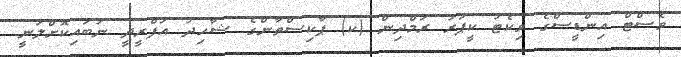
ވެސްޓް އިންޑީސްގެ ވިކެޓު ކީޕަރު ރަމްދިން (ކ) ޕާކިސްތާންގެ ޝާހިދު އަފްރީދީ ނުބައިކޮށްލަނީ.